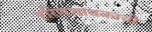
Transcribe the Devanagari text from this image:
हरिणशावकाची